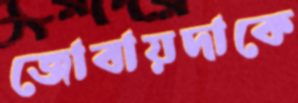
জোবায়দাকে